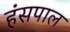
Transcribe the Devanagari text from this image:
हंसपाल